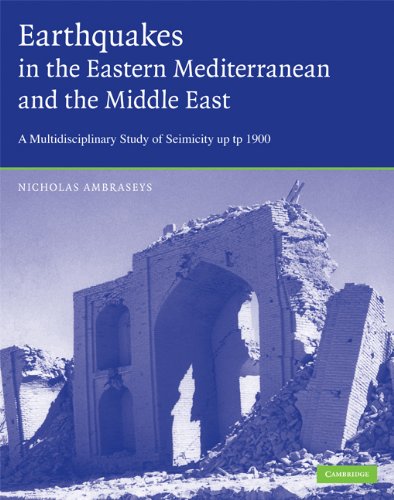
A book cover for Earthquakes in the Mediterranean and Middle East: A Multidisciplinary Study of Seismicity up to 1900; Nicholas Ambraseys; Science & Math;